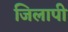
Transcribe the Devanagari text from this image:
जिलापी